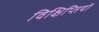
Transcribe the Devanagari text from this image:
विक्षिप्तियों